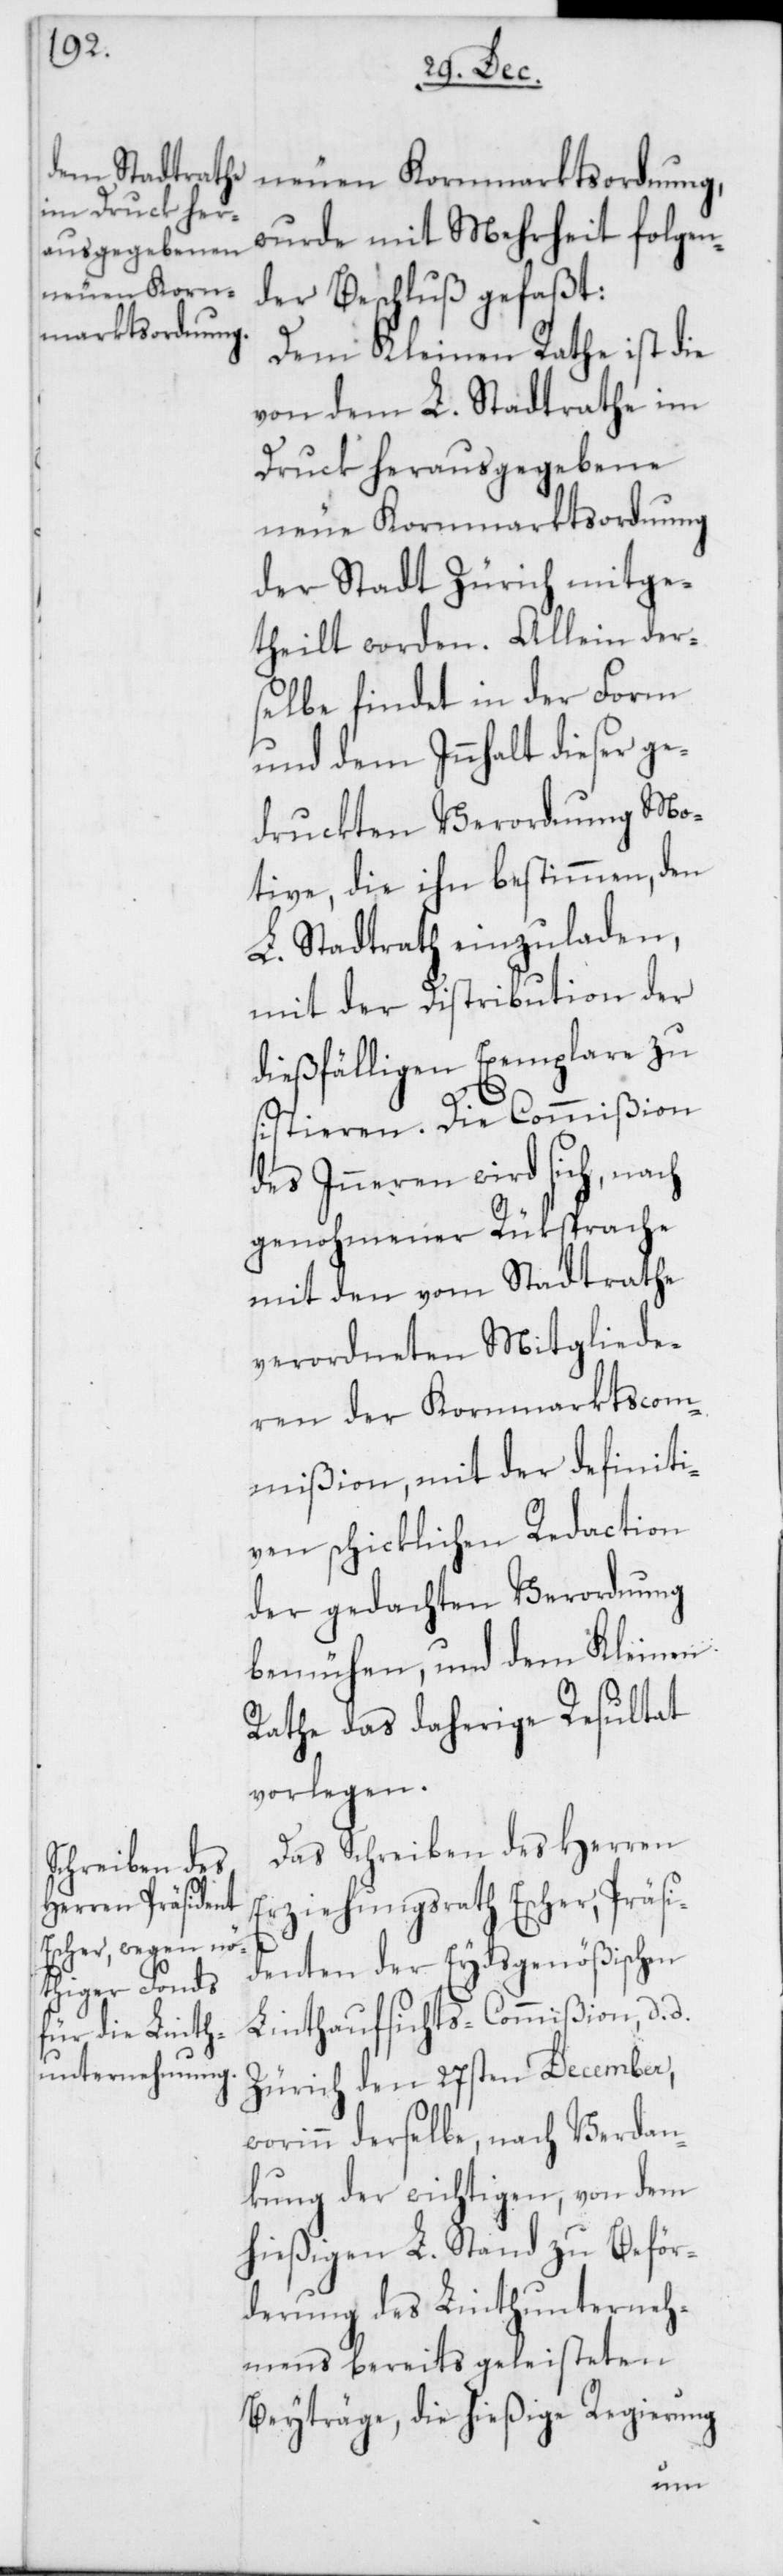
wurde mit Mehrheit folgen¬
neuen Korn¬
der Beschluß gefaßt:
marktsordnung,
Dem Kleinen Rathe ist die
von dem L. Stadtrate im
Druck herausgegebene
neue Kornmarktsordnung
der Stadt Zürich mitge¬
theilt worden. Allein der¬
selbe findet in der Form
und dem Innhalt dieser ge¬
druckten Verordnung Mo¬
tive, die ihn bestimmen, den
L. Stadtrath einzuladen,
mit der Distribution der
dießfälligen Exemplare zu
sistieren. Die Commißion
des Inneren wird sich, nach
genohmener Rüksprache
mit den vom Stadtrathe
verordneten Mitgliede¬
ren der Kornmarktscom¬
mißion, mit der definiti¬
ven schicklichen Redaction
der gedachten Verordnung
bemühen, und dem Kleinen
Rathe das daherige Resultat
vorlegen.
Das Schreiben des Herren
Erziehungsrath Escher, Präsi¬
denten der Eydsgenößischen
Linthaufsichts-Commißion, d. d.
Zürich den 27sten December,
worinn derselbe, nach Verdan¬
kung der wichtigen, von dem
hießigen L. Stand zu Beför¬
derung des Linthunterneh¬
mens bereits geleisteten
Beyträge, die hießige Regierung